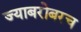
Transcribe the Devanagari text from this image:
ज्याबरोबरच